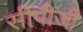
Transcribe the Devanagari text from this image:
सीपीजी